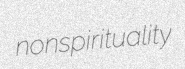
nonspirituality